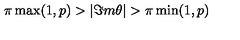
\pi \max ( 1 , p ) > | \Im m \theta | > \pi \min ( 1 , p )